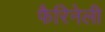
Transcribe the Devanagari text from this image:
फैरिनेली